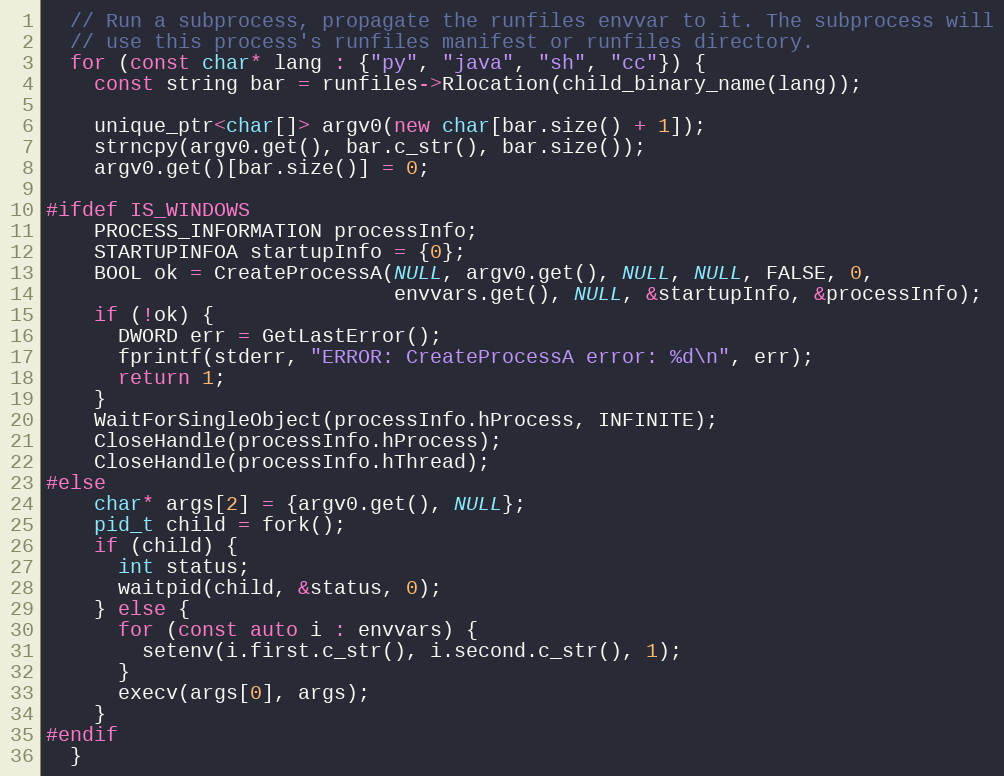
Language: C++
  // Run a subprocess, propagate the runfiles envvar to it. The subprocess will
  // use this process's runfiles manifest or runfiles directory.
  for (const char* lang : {"py", "java", "sh", "cc"}) {
    const string bar = runfiles->Rlocation(child_binary_name(lang));

    unique_ptr<char[]> argv0(new char[bar.size() + 1]);
    strncpy(argv0.get(), bar.c_str(), bar.size());
    argv0.get()[bar.size()] = 0;

#ifdef IS_WINDOWS
    PROCESS_INFORMATION processInfo;
    STARTUPINFOA startupInfo = {0};
    BOOL ok = CreateProcessA(NULL, argv0.get(), NULL, NULL, FALSE, 0,
                             envvars.get(), NULL, &startupInfo, &processInfo);
    if (!ok) {
      DWORD err = GetLastError();
      fprintf(stderr, "ERROR: CreateProcessA error: %d\n", err);
      return 1;
    }
    WaitForSingleObject(processInfo.hProcess, INFINITE);
    CloseHandle(processInfo.hProcess);
    CloseHandle(processInfo.hThread);
#else
    char* args[2] = {argv0.get(), NULL};
    pid_t child = fork();
    if (child) {
      int status;
      waitpid(child, &status, 0);
    } else {
      for (const auto i : envvars) {
        setenv(i.first.c_str(), i.second.c_str(), 1);
      }
      execv(args[0], args);
    }
#endif
  }